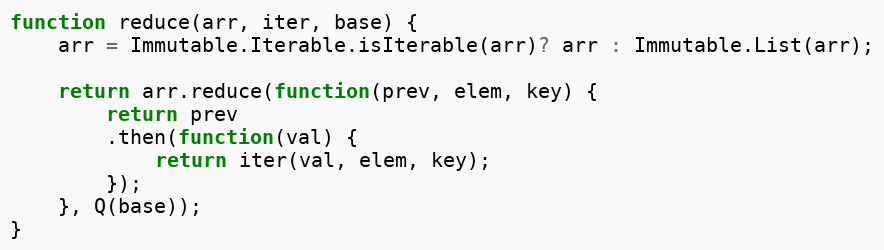
Language: JavaScript
function reduce(arr, iter, base) {
    arr = Immutable.Iterable.isIterable(arr)? arr : Immutable.List(arr);

    return arr.reduce(function(prev, elem, key) {
        return prev
        .then(function(val) {
            return iter(val, elem, key);
        });
    }, Q(base));
}